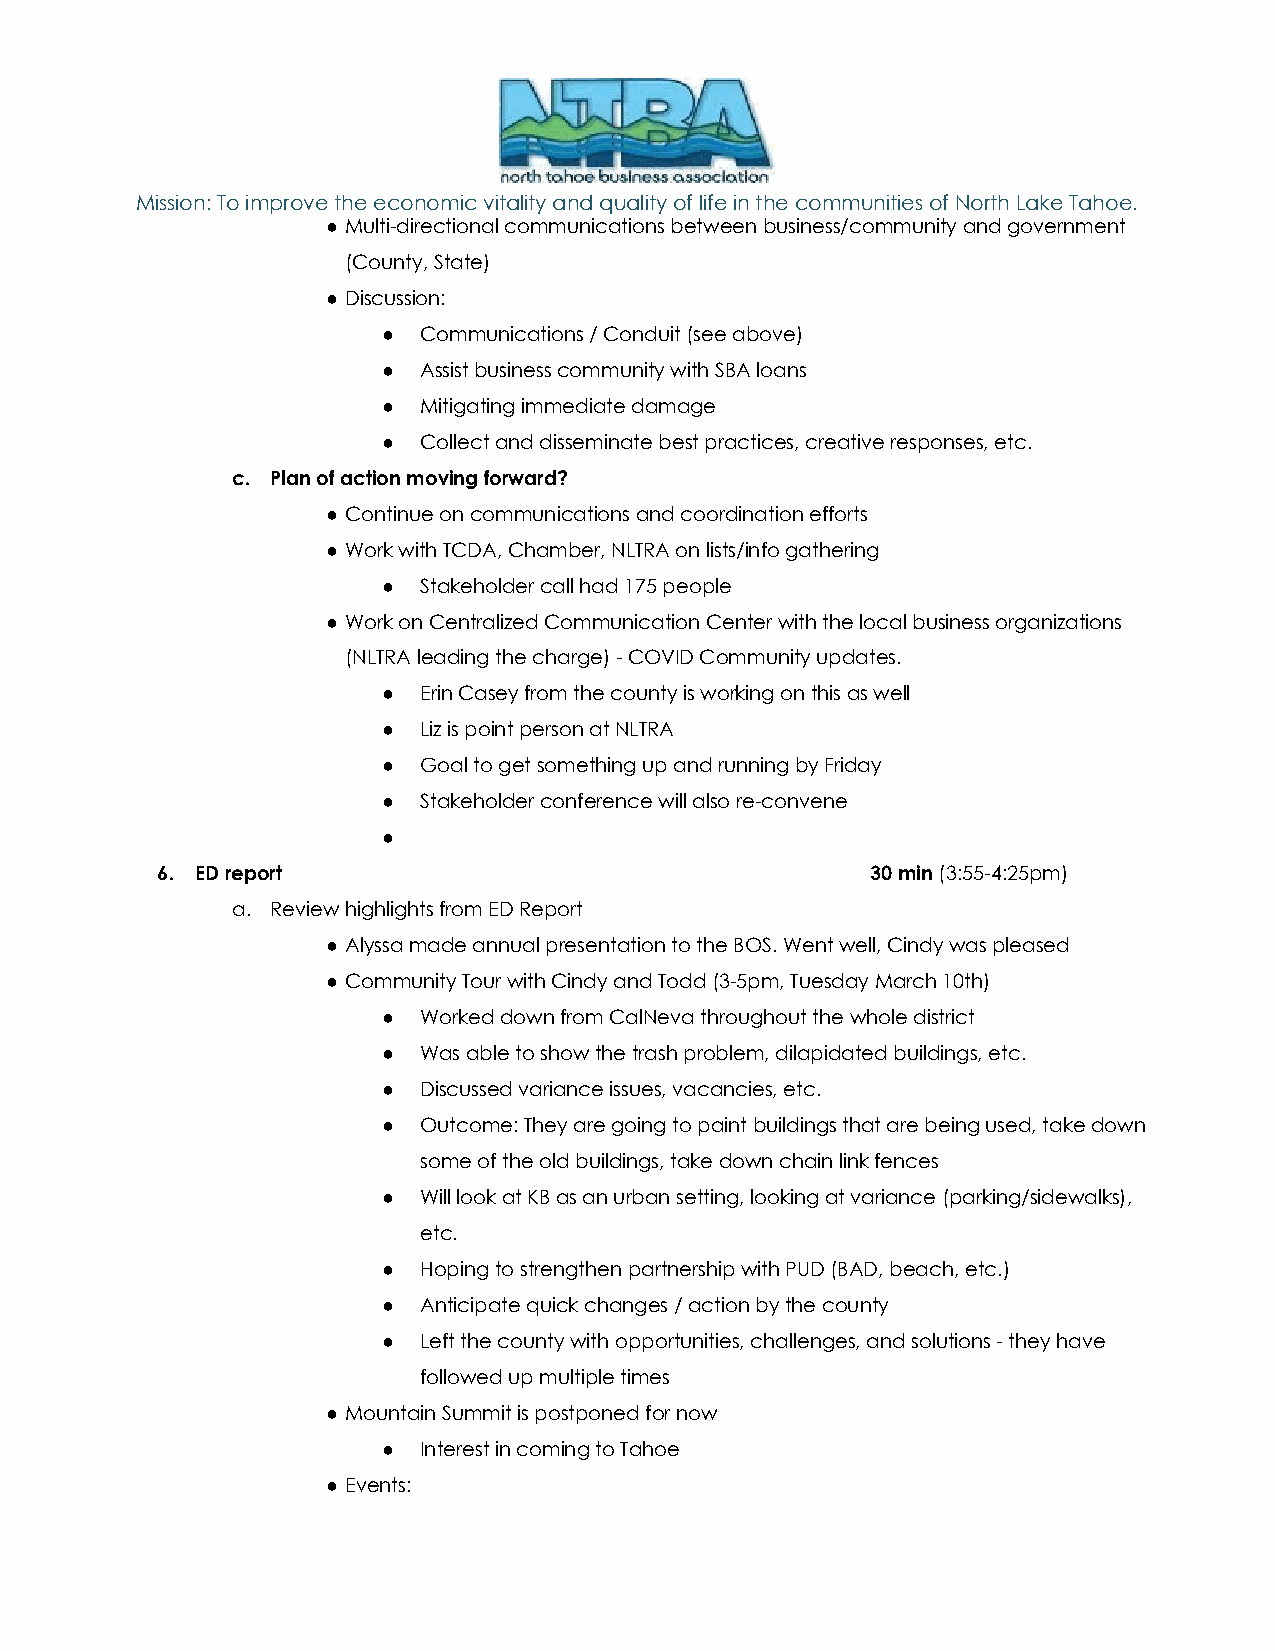
Mission: To improve the economic vitality and quality of life in the communities of North Lake Tahoe.
 ● Multi-directional communications between business/community and government
 (County, State)
 ● Discussion:
 ●  Communications / Conduit (see above)
 ●  Assist business community with SBA loans
 ●  Mitigating immediate damage
 ●  Collect and disseminate best practices, creative responses, etc.
 c. Plan of action moving forward?
 ● Continue on communications and coordination efforts
 ● Work with TCDA, Chamber, NLTRA on lists/info gathering
 ●  Stakeholder call had 175 people
 ● Work on Centralized Communication Center with the local business organizations
 (NLTRA leading the charge) - COVID Community updates.
 ●  Erin Casey from the county is working on this as well
 ●  Liz is point person at NLTRA
 ●  Goal to get something up and running by Friday
 ●  Stakeholder conference will also re-convene
 ●
 6. ED report                                    30 min (3:55-4:25pm)
 ​
 a. Review highlights from ED Report
 ● Alyssa made annual presentation to the BOS. Went well, Cindy was pleased
 ● Community Tour with Cindy and Todd (3-5pm, Tuesday March 10th)
 ●  Worked down from CalNeva throughout the whole district
 ●  Was able to show the trash problem, dilapidated buildings, etc.
 ●  Discussed variance issues, vacancies, etc.
 ●  Outcome: They are going to paint buildings that are being used, take down
 some of the old buildings, take down chain link fences
 ●  Will look at KB as an urban setting, looking at variance (parking/sidewalks),
 etc.
 ●  Hoping to strengthen partnership with PUD (BAD, beach, etc.)
 ●  Anticipate quick changes / action by the county
 ●  Left the county with opportunities, challenges, and solutions - they have
 followed up multiple times
 ● Mountain Summit is postponed for now
 ●  Interest in coming to Tahoe
 ● Events: